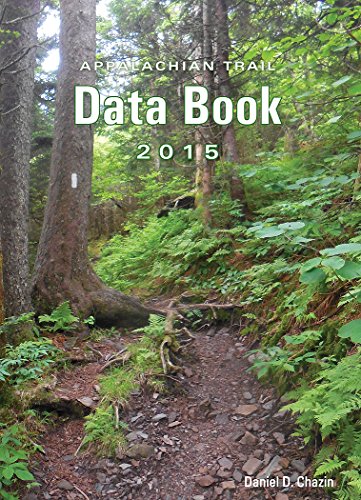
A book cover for Appalachian Trail Data Book (2015); Daniel D. Chazin; Sports & Outdoors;